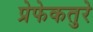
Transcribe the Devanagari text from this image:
प्रेफेकतुरे